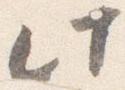
此